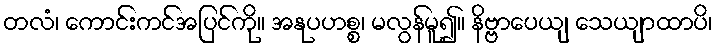
တလံ၊ ကောင်းကင်အပြင်ကို။ အနုပဟစ္စ၊ မလွန်မူ၍။ နိဗ္ဗာပေယျ သေယျာထာပိ၊